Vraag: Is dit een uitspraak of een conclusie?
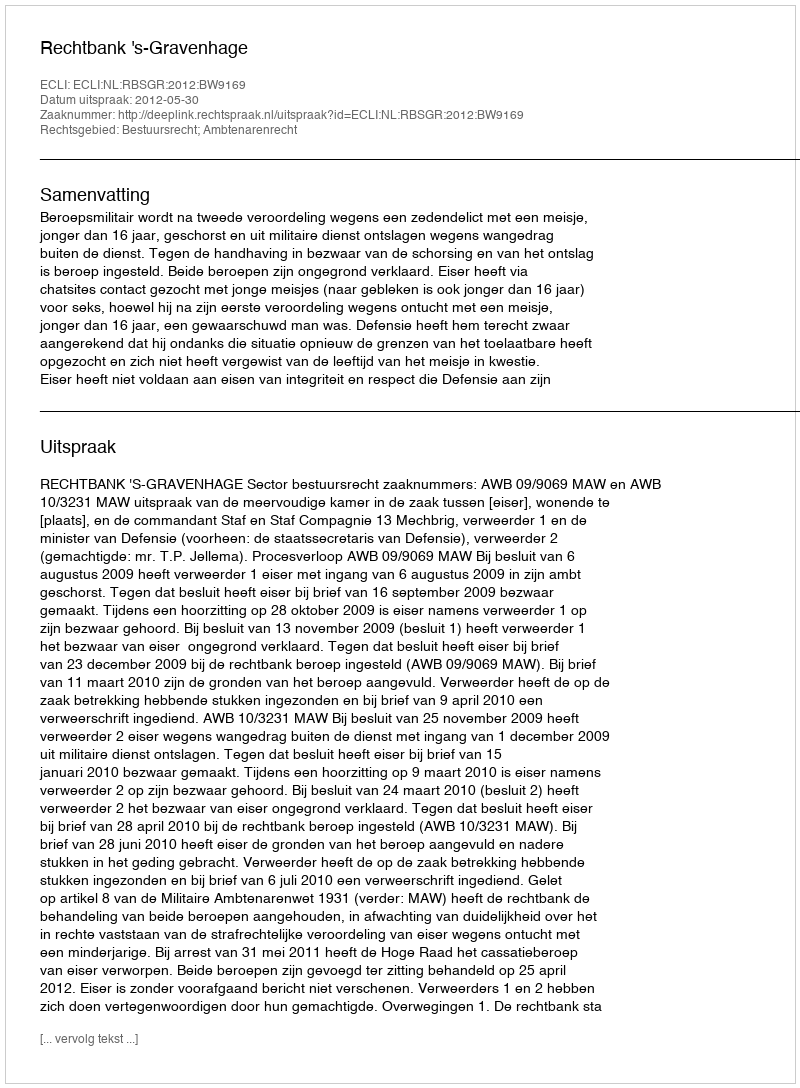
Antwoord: Uitspraak